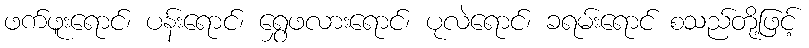
ဖက်ဖူးရောင်၊ ပန်းရောင်၊ ရွှေဖလားရောင်၊ ပုလဲရောင်၊ ခရမ်းရောင် စသည်တို့ဖြင့်